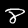
Digit: 8